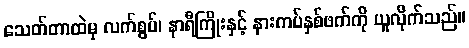
သေတ်တာထဲမှ လက်စွပ်၊ နာရီကြိုးနှင့် နားကပ်နှစ်ဖက်ကို ယူလိုက်သည်။